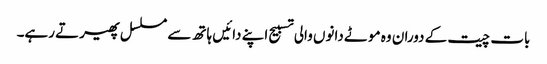
بات چیت کے دوران وہ موٹے دانوں والی تسبیح اپنے دائیں ہاتھ سے مسلسل پھیرتے رہے۔